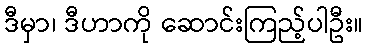
ဒီမှာ၊ ဒီဟာကို ဆောင်းကြည့်ပါဦး။